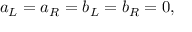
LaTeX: a _ { L } = a _ { R } = b _ { L } = b _ { R } = 0 ,